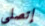
إتصلى